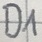
Text: D1